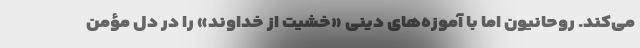
می‌کند. روحانیون اما با آموزه‌های دینی «خشیت از خداوند» را در دل مؤمن